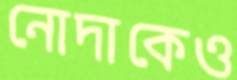
নোদাকেও